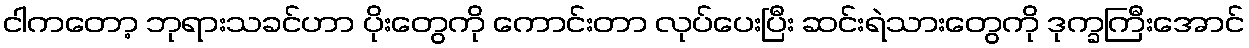
ငါကတော့ ဘုရားသခင်ဟာ ပိုးတွေကို ကောင်းတာ လုပ်ပေးပြီး ဆင်းရဲသားတွေကို ဒုက္ခကြီးအောင်